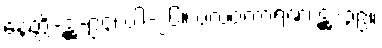
နေတ္တိ-ဋ္ဌ-၉၄၊ ပါ-၂၆။ ဗလဝကာရဏံ၊ ဋ္ဌ-၃၉။